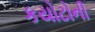
કયોટોની